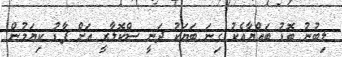
ލިބުނު ބޮޑު ބައްޔާއެކު ގިނަ ބަޔަކު ދަނީ ސްކޮލާރީ އަށް ފާޑު ކިޔަމުން